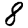
Digit: 8